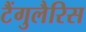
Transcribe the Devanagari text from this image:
टैंगुलैरिस